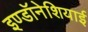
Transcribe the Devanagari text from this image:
इण्डॉनेशियाई